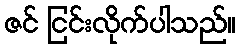
ဇင် ငြင်းလိုက်ပါသည်။